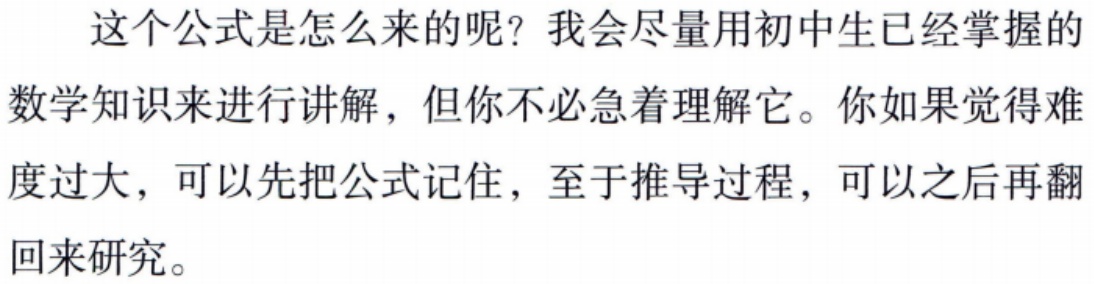
这个公式是怎么来的呢？我会尽量用初中生已经掌握的数学知识来进行讲解，但你不必急着理解它。你如果觉得难度过大，可以先把公式记住，至于推导过程，可以之后再翻回来研究。